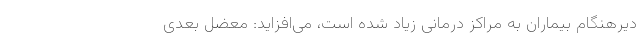
دیرهنگام بیماران به مراکز درمانی زیاد شده است، می‌افزاید: معضل بعدی